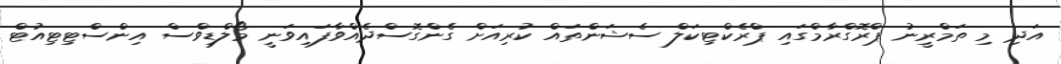
އަދި މި ތަމްރީނު ޕްރޮގްރާމްގައި ޕްރެކްޓިކަލް ސެޝަންތައް ކުރިއަށް ގެންގޮސްދެއްވާފައިވަނީ މޯލްޑިވްސް އިންސްޓިޓިއުޓް